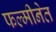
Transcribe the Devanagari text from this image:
फल्मीनेत